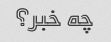
چه خبر؟